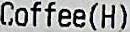
COFFEE(H)